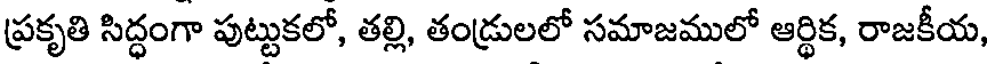
ప్రకృతి సిద్ధంగా పుట్టుకలో, తల్లి, తండ్రులలో సమాజములో ఆర్థిక, రాజకీయ,